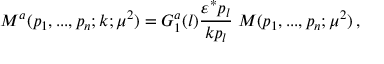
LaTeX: { \cal M } ^ { a } ( p _ { 1 } , . . . , p _ { n } ; k ; \mu ^ { 2 } ) = G _ { 1 } ^ { a } ( l ) \frac { \varepsilon ^ { * } p _ { l } } { k p _ { l } } \; { \cal M } ( p _ { 1 } , . . . , p _ { n } ; \mu ^ { 2 } ) \, ,